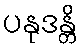
ပနုဒန္တိ